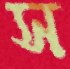
স